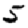
Digit: 5